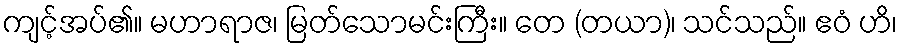
ကျင့်အပ်၏။ မဟာရာဇ၊ မြတ်သောမင်းကြီး။ တေ (တယာ)၊ သင်သည်။ ဧဝံ ဟိ၊